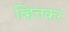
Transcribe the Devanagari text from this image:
व्हित्तकर